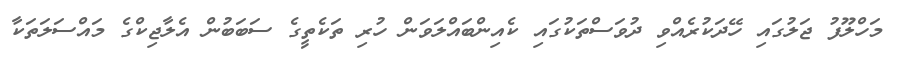
މަހްލޫފު ޖަލުގައި ހޭދަކުރެއްވި ދުވަސްތަކުގައި ކެއިންބައްލަވަން ހުރި ތަކެތީގެ ސަބަބުން އެލާޖިކްގެ މައްސަލަތަކާ